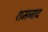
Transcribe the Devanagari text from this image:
शमनाद